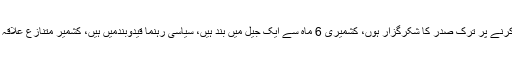
وزیراعظم نے کہا کہ کشمیریوں کے لیے آواز بلندکرنے پر ترک صدر کا شکرگزار ہوں، کشمیری 6 ماہ سے ایک جیل میں بند ہیں، سیاسی رہنما قیدوبندمیں ہیں، کشمیر متنازع علاقہ ہے، کشمیری نوجوانوں کو جیلوں میں رکھاگیا ہے۔